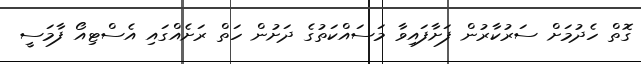
ގޮތް ހެދުމަށް ސަރުކާރުން ފަށާފައިވާ މަސައްކަތުގެ ދަށުން ހަތް ރަށެއްގައި އެސްޓިއޯ ފާމަސީ